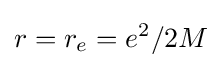
r=r_{e}=e^{2}/2M